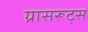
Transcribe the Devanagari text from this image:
ग्रासरूट्स